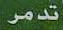
تدمر